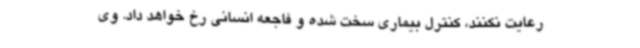
رعایت نکنند، کنترل بیماری سخت شده و فاجعه انسانی رخ خواهد داد. وی